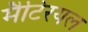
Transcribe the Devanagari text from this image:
मैटिरयल